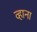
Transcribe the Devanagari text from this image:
व्हाना